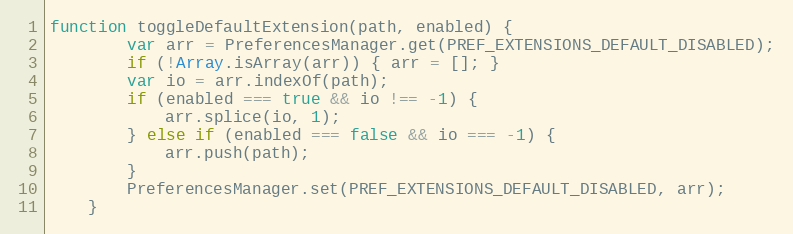
Language: JavaScript
function toggleDefaultExtension(path, enabled) {
        var arr = PreferencesManager.get(PREF_EXTENSIONS_DEFAULT_DISABLED);
        if (!Array.isArray(arr)) { arr = []; }
        var io = arr.indexOf(path);
        if (enabled === true && io !== -1) {
            arr.splice(io, 1);
        } else if (enabled === false && io === -1) {
            arr.push(path);
        }
        PreferencesManager.set(PREF_EXTENSIONS_DEFAULT_DISABLED, arr);
    }